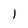
Character: 1